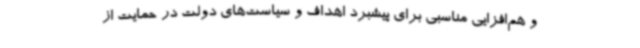
و هم‌افزایی مناسبی برای پیشبرد اهداف و سیاست‌های دولت در حمایت از